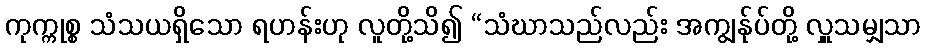
ကုက္ကုစ္စ သံသယရှိသော ရဟန်းဟု လူတို့သိ၍ “သံဃာသည်လည်း အကျွန်ုပ်တို့ လှူသမျှသာ